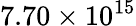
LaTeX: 7.70\times 10^{15}